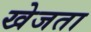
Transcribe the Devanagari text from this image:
खेजता